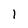
Character: 1